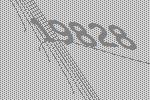
19828